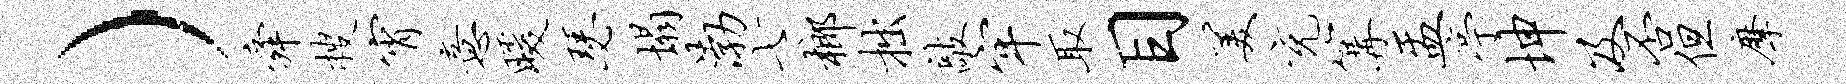
）舜搜宵意暖瑟塌渤七榔拙敲牢取目美充篝盂亭坤及否但摩